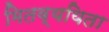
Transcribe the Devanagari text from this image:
मितव्‍ययिता